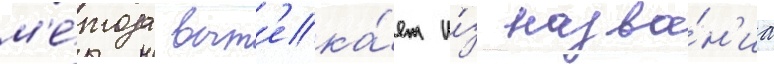
м'е́тода выт'ека́ет и́з назва́н'иа